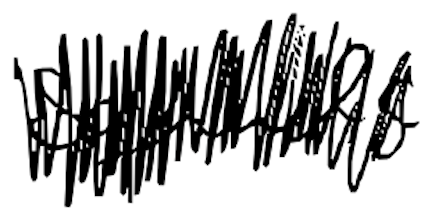
Text: squads
Cross-out: scratch
Writing tool: digital_black